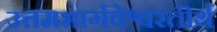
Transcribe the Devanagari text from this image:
उत्तमभार्गवेश्वरतीर्थ